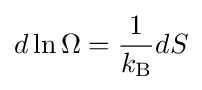
d\ln \Omega ={\frac {1}{k_{\rm {B}}}}dS